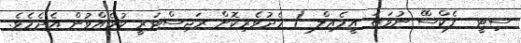
ސިޓީ  ފެކްސްް ނުވަތަ އީމެއިލް ( މެދުވެރިކޮށް ރަޖިސްޓަރީ ކުރެއްވުން އެދެމެވެ.